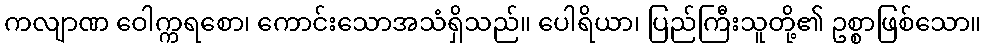
ကလျာဏ ဝေါက္ကရစော၊ ကောင်းသောအသံရှိသည်။ ပေါရိယာ၊ ပြည်ကြီးသူတို့၏ ဥစ္စာဖြစ်သော။